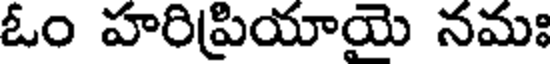
ఓం హరిప్రియాయె నమః